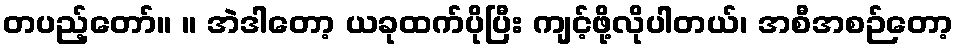
တပည့်တော်။ ။ အဲဒါတော့ ယခုထက်ပိုပြီး ကျင့်ဖို့လိုပါတယ်၊ အစီအစဉ်တော့